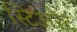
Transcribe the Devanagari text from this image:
स्टिअरेट